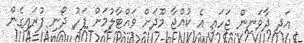
އަދި ދާވަނިން ޖަހައި އެ ކުއްޖާ މޫދަށް ވައްޓާލުމަށް ފަހު ދޯނި ފުރައިގެން